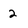
Character: 2